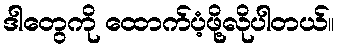
ဒါတွေကို ထောက်ပံ့ဖို့လိုပါတယ်။